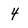
Character: 4